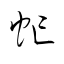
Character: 虻